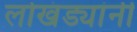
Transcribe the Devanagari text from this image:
लोखंड्यांनी